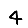
Digit: 4